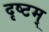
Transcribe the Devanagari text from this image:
दृष्टम्